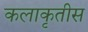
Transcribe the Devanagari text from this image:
कलाकृतीस